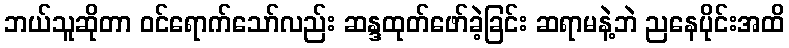
ဘယ်သူဆိုတာ ဝင်ရောက်သော်လည်း ဆန္ဒထုတ်ဖော်ခဲ့ခြင်း ဆရာမနဲ့ဘဲ ညနေပိုင်းအထိ